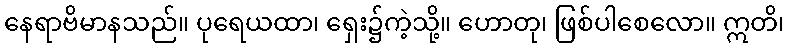
နေရာဗိမာနသည်။ ပုရေယထာ၊ ရှေး၌ကဲ့သို့။ ဟောတု၊ ဖြစ်ပါစေလော။ ဣတိ၊